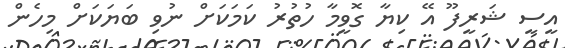
އީސީ ޝަރީފޫ އޭ ކިޔާ ގޮވީމާ ހުތުރު ކަމަކަށް ނުވި ބަޔަކަށް މިހެން